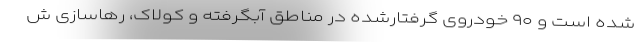
شده است و ۹۰ خودروی گرفتارشده در مناطق آبگرفته و کولاک، رهاسازی ش